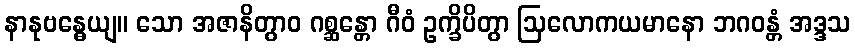
နာနုဗန္ဓေယျ။ သော အဇာနိတွာဝ ဂစ္ဆန္တော ဂီဝံ ဥက္ခိပိတွာ ဩလောကယမာနော ဘဂဝန္တံ အဒ္ဒသ